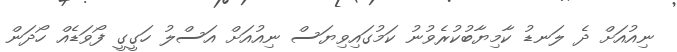
ނިއުއަށް ދެ ލަނޑު ކާމިޔާބުކުރެވުނު ކަމުގައިވިޔަސް ނިއުއަށް އަސްލު ހަގީގީ ފޯވަޑެއް ހޯދަން